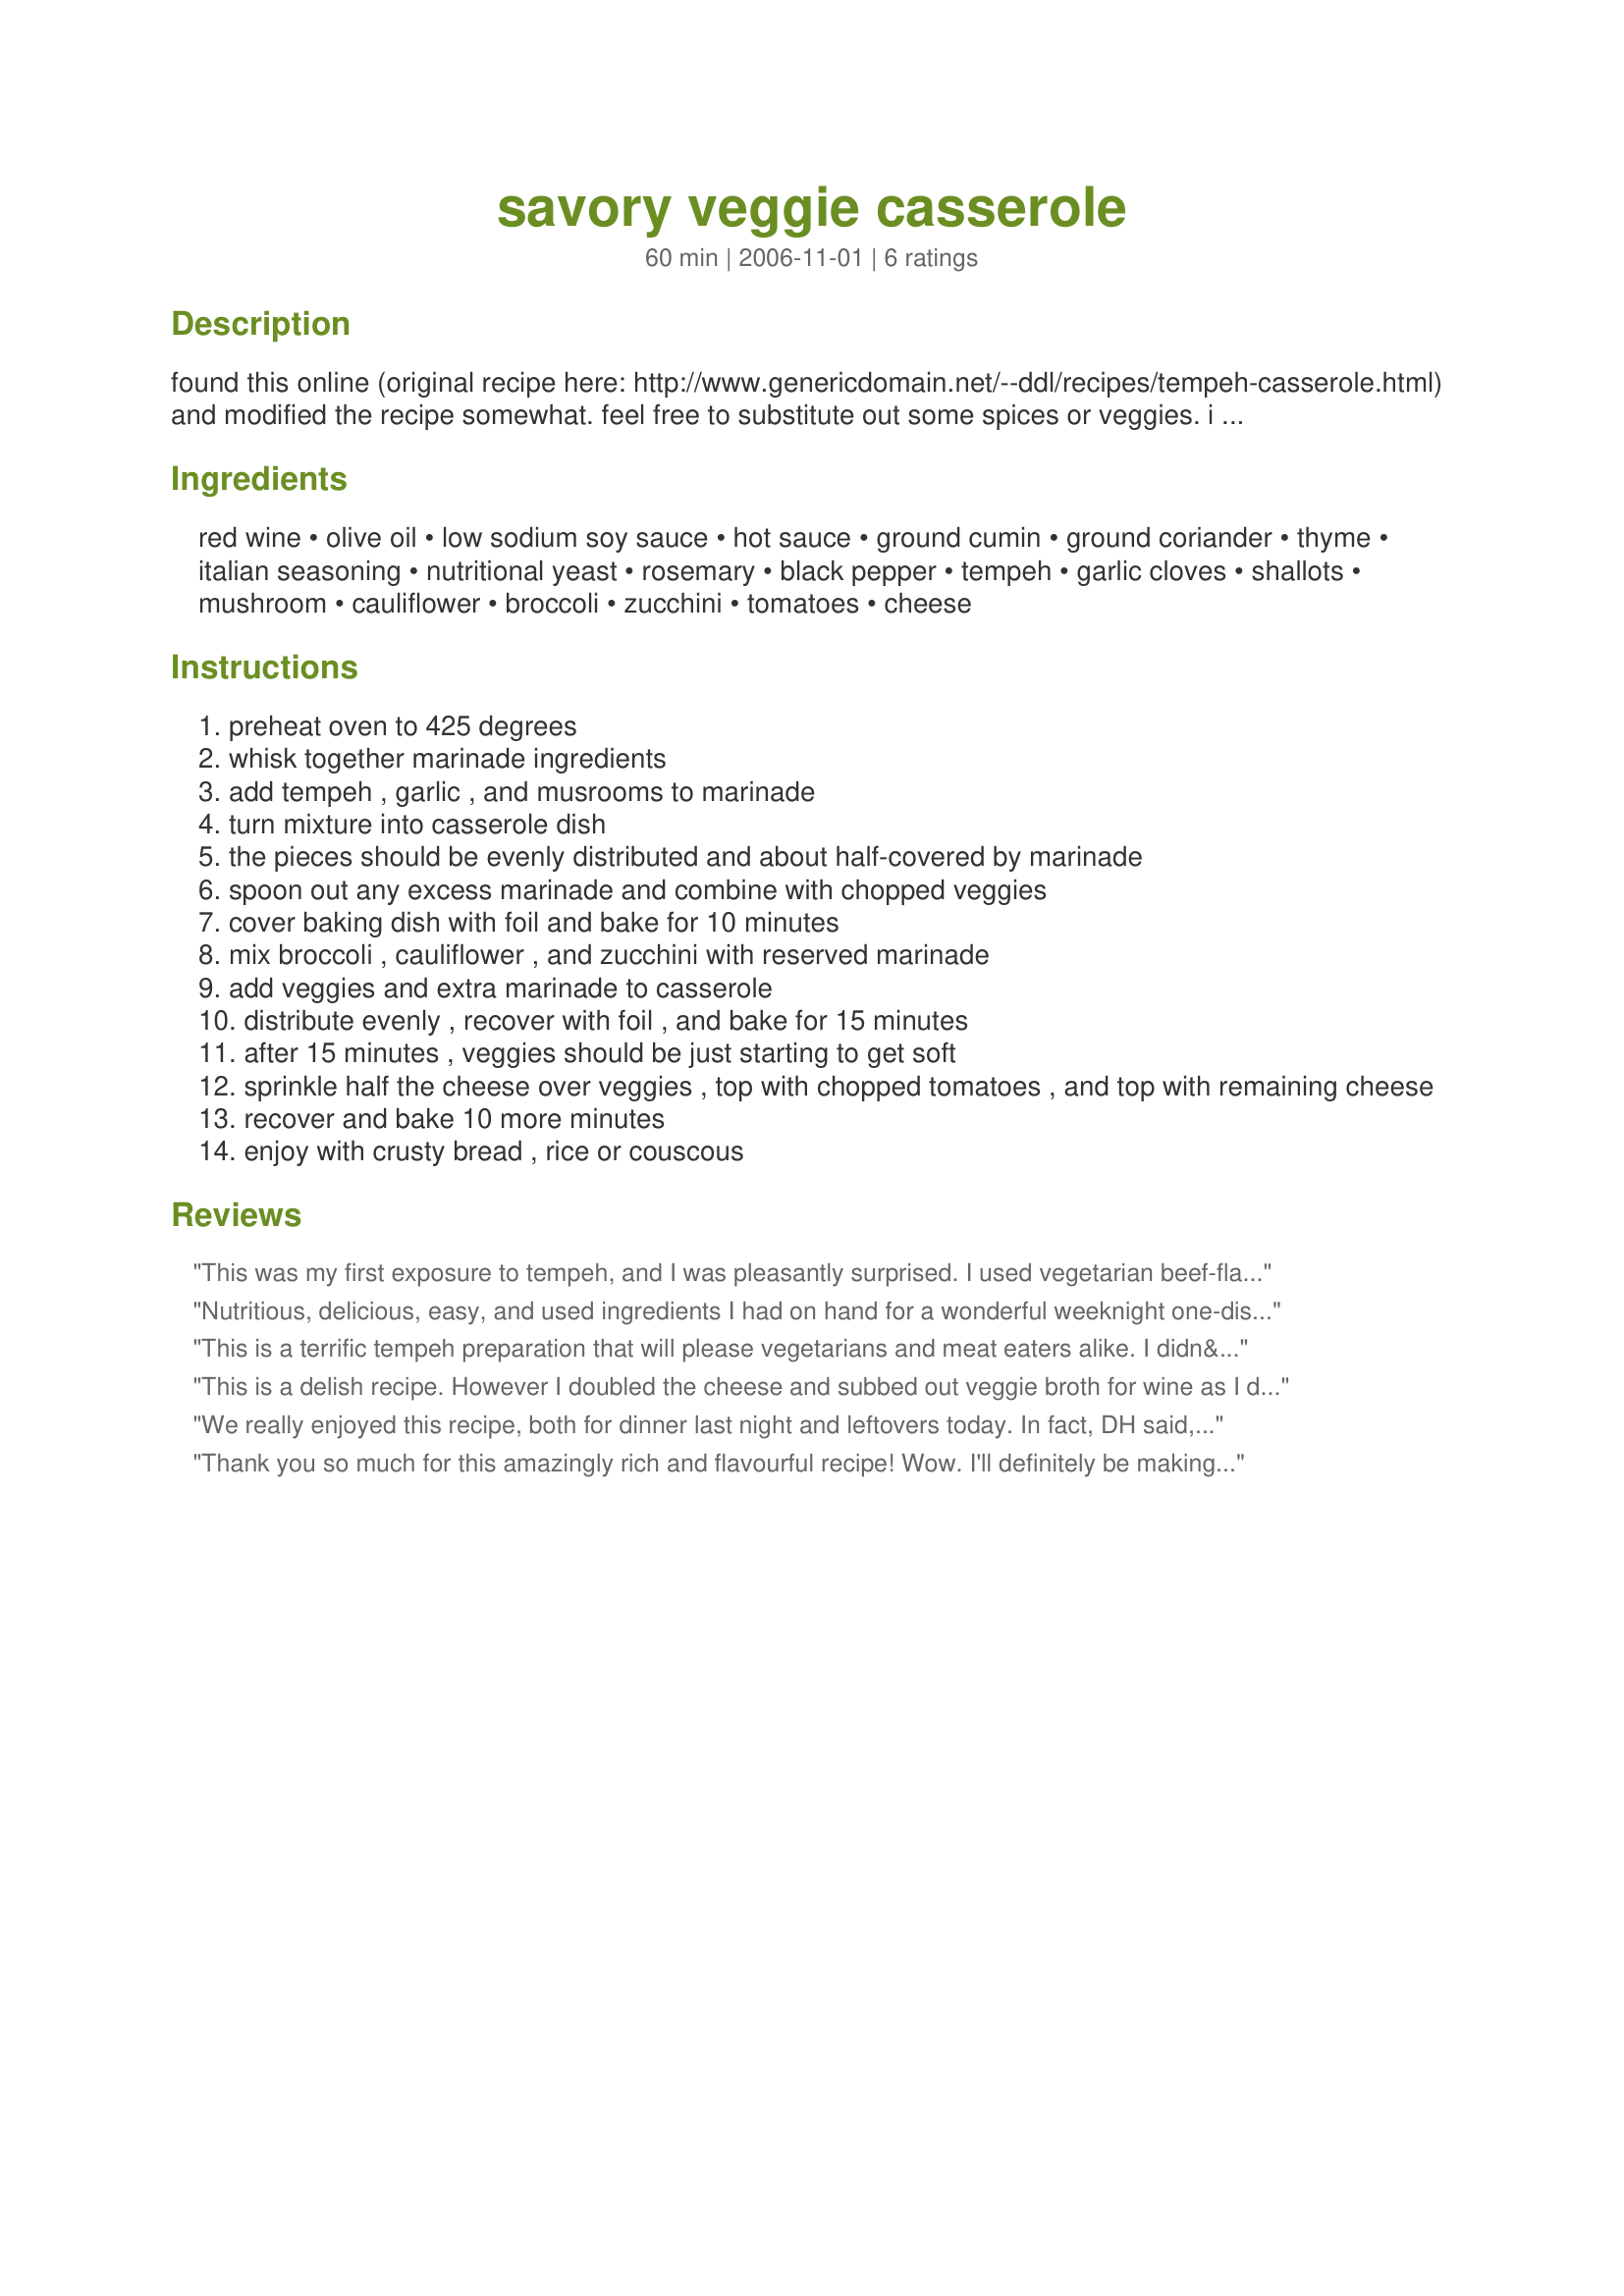
savory veggie casserole
Preparation time: 60 minutes

found this online (original recipe here: http://www.genericdomain.net/--ddl/recipes/tempeh-casserole.html) and modified the recipe somewhat. feel free to substitute out some spices or veggies. i actually haven't made this with tempeh, used a bag of partially-defrosted quorn tenders instead. delicious!

Ingredients:
red wine, olive oil, low sodium soy sauce, hot sauce, ground cumin, ground coriander, thyme, italian seasoning, nutritional yeast, rosemary, black pepper, tempeh, garlic cloves, shallots, mushroom, cauliflower, broccoli, zucchini, tomatoes, cheese

Steps:
preheat oven to 425 degrees
whisk together marinade ingredients
add tempeh , garlic , and musrooms to marinade
turn mixture into casserole dish
the pieces should be evenly distributed and about half-covered by marinade
spoon out any excess marinade and combine with chopped veggies
cover baking dish with foil and bake for 10 minutes
mix broccoli , cauliflower , and zucchini with reserved marinade
add veggies and extra marinade to casserole
distribute evenly , recover with foil , and bake for 15 minutes
after 15 minutes , veggies should be just starting to get soft
sprinkle half the cheese over veggies , top with chopped tomatoes , and top with remaining cheese
recover and bake 10 more minutes
enjoy with crusty bread , rice or couscous

Reviews:
This was my first exposure to tempeh, and I was pleasantly surprised. I used vegetarian beef-flavored broth for the marinade and threw in some carrots. In the future, I'd use something other than cauliflower (maybe eggplant), or use a smaller amount. Also, I might throw in some sunflower seeds or nuts thrown in for a crunch. Thanks for exposing me to tempeh, even my non-vegetarian husband liked it!
Nutritious, delicious, easy, and used ingredients I had on hand for a wonderful weeknight one-dish meal served with a wedge of skillet cornbread. I used a 14.5 ounce can diced tomatoes and green chilies instead of the hot sauce and diced fresh tomato and added it with the wine, oil and soy sauce. Halved all the other ingredients (except tempeh) to make 4 servings and used white wine instead of red (had a bottle of white open). Next time I think that I will brown the tempeh in a little olive oil before adding to the wine, soy sauce and spices for better texture and color. I baked this uncovered and it worked great, it took 30 minutes (total) for the vegetables to cook here in Montana at 5,000 feet. I will make this again.
This is a terrific tempeh preparation that will please vegetarians and meat eaters alike. I didn&#039;t have any cauliflower or broccoli on hand so I used a green pepper and some red cabbage. I think this recipe would work well with most vegetable combinations. The flavor imparted by the marinade had the depth l was looking for in a hardy winter dish and I will certainly use this again. Awesome!
This is a delish recipe. However I doubled the cheese and subbed out veggie broth for wine as I don't drink wine. I also marinated the tempeh for an hour for extra yumminess. I actually have a hard time understanding the point of marinating anything for under an hour. I highly recommend this recipe to anyone seeking a delish and easy to prepare dinner.
We really enjoyed this recipe, both for dinner last night and leftovers today. In fact, DH said, "this tastes a lot more like a meal than the other recipes you make" (referring to my pescetarian lifestyle in the past year that he is not thrilled about), so I will take that as a huge compliment. We had a lot of the marinade still present when the dish was ready, making it a bit liquidy. DH said to be sure to either use a slotted spoon if you aren't serving with bread or couscous or maybe to cut back on the marinade to begin with. Overall, this was chock full of veggies, tasty, and we would both have it again. Thanks for a keeper! Made for Sun and Spice 2013.
Thank you so much for this amazingly rich and flavourful recipe! Wow. I'll definitely be making it (or a variation on it) a lot in the future. 

Here are the little modifications I made:

-I used herb flavoured tempeh 

-I didn't want to open a bottle of wine, so I modified the marinade a little: I used 1/2 cup of sherry, 1/2 cup of strong vegetable bouillon, 40 mL of olive oil and 40 mL of Bragg's seasoning instead of tamari--it was delicious!

-I added a can of red kidney beans to up the protein content a little

-I used smaller quantities of broccoli, cauliflower and zucchini and added some brussels sprouts I had on hand (quartered so that they cooked all the way through) and some swiss chard. I added the stalk part of the chard at the same time as the other veggies, and stirred the leaves in right before adding the tomato and cheese to the top

-I increased the quantities of all of the spices to compensate for all the extra stuff I put in

-I used a generous amount of canned tomato instead of the one fresh tomato the recipe called for 

-I served it with kasha

Again, thanks so much. This recipe is truly fantastic.
